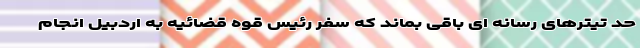
حد تیترهای رسانه ای باقی بماند که سفر رئیس قوه قضائیه به اردبیل انجام